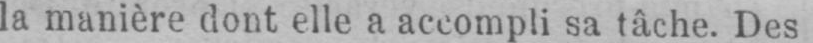
la manière dont elle a accompli sa tâche. Des